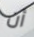
أن